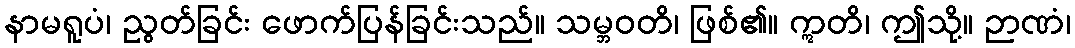
နာမရူပံ၊ ညွတ်ခြင်း ဖောက်ပြန်ခြင်းသည်။ သမ္ဘဝတိ၊ ဖြစ်၏။ ဣတိ၊ ဤသို့။ ဉာဏံ၊